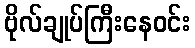
ဗိုလ်ချုပ်ကြီးနေဝင်း